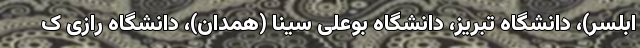
ابلسر)، دانشگاه تبریز، دانشگاه بوعلی سینا (همدان)، دانشگاه رازی ک